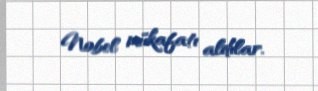
Nobel mükafatı aldılar.